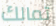
تمالك